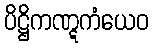
ပိဋ္ဌိကဏ္ဋကံယေဝ